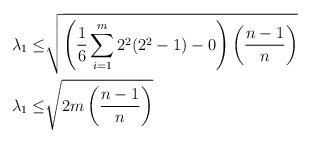
LaTeX: \begin{align*} \displaystyle \lambda_1 \leq &\sqrt{ \left(\frac{1}{6}\sum_{i=1}^{m}2^2(2^2 -1)-0\right)\left(\frac{n-1}{n}\right)}\\ \displaystyle \lambda_1 \leq &\sqrt{ 2m\left(\frac{n-1}{n}\right)} \end{align*}